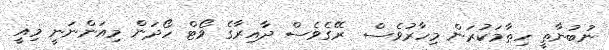
ނުބުނާތީ ހިތާމަކުރަން މިހާރުވެސް  ރޭގެވެސް ދާއިރާގެ ވޯޓް ހޯދަން މިއަންނަނީ މިއީ